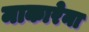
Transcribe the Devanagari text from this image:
माकारेना